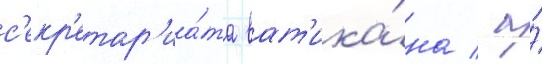
с'екр'етар'иа́та ват'ика́на / а́